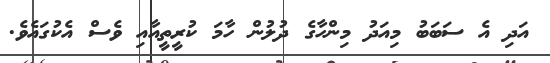
އަދި އެ ސަބަބު މިއަދު މިންހާގެ ދުލުން ހާމަ ކުރީތީއާއި ވެސް އެކުގައެވެ.